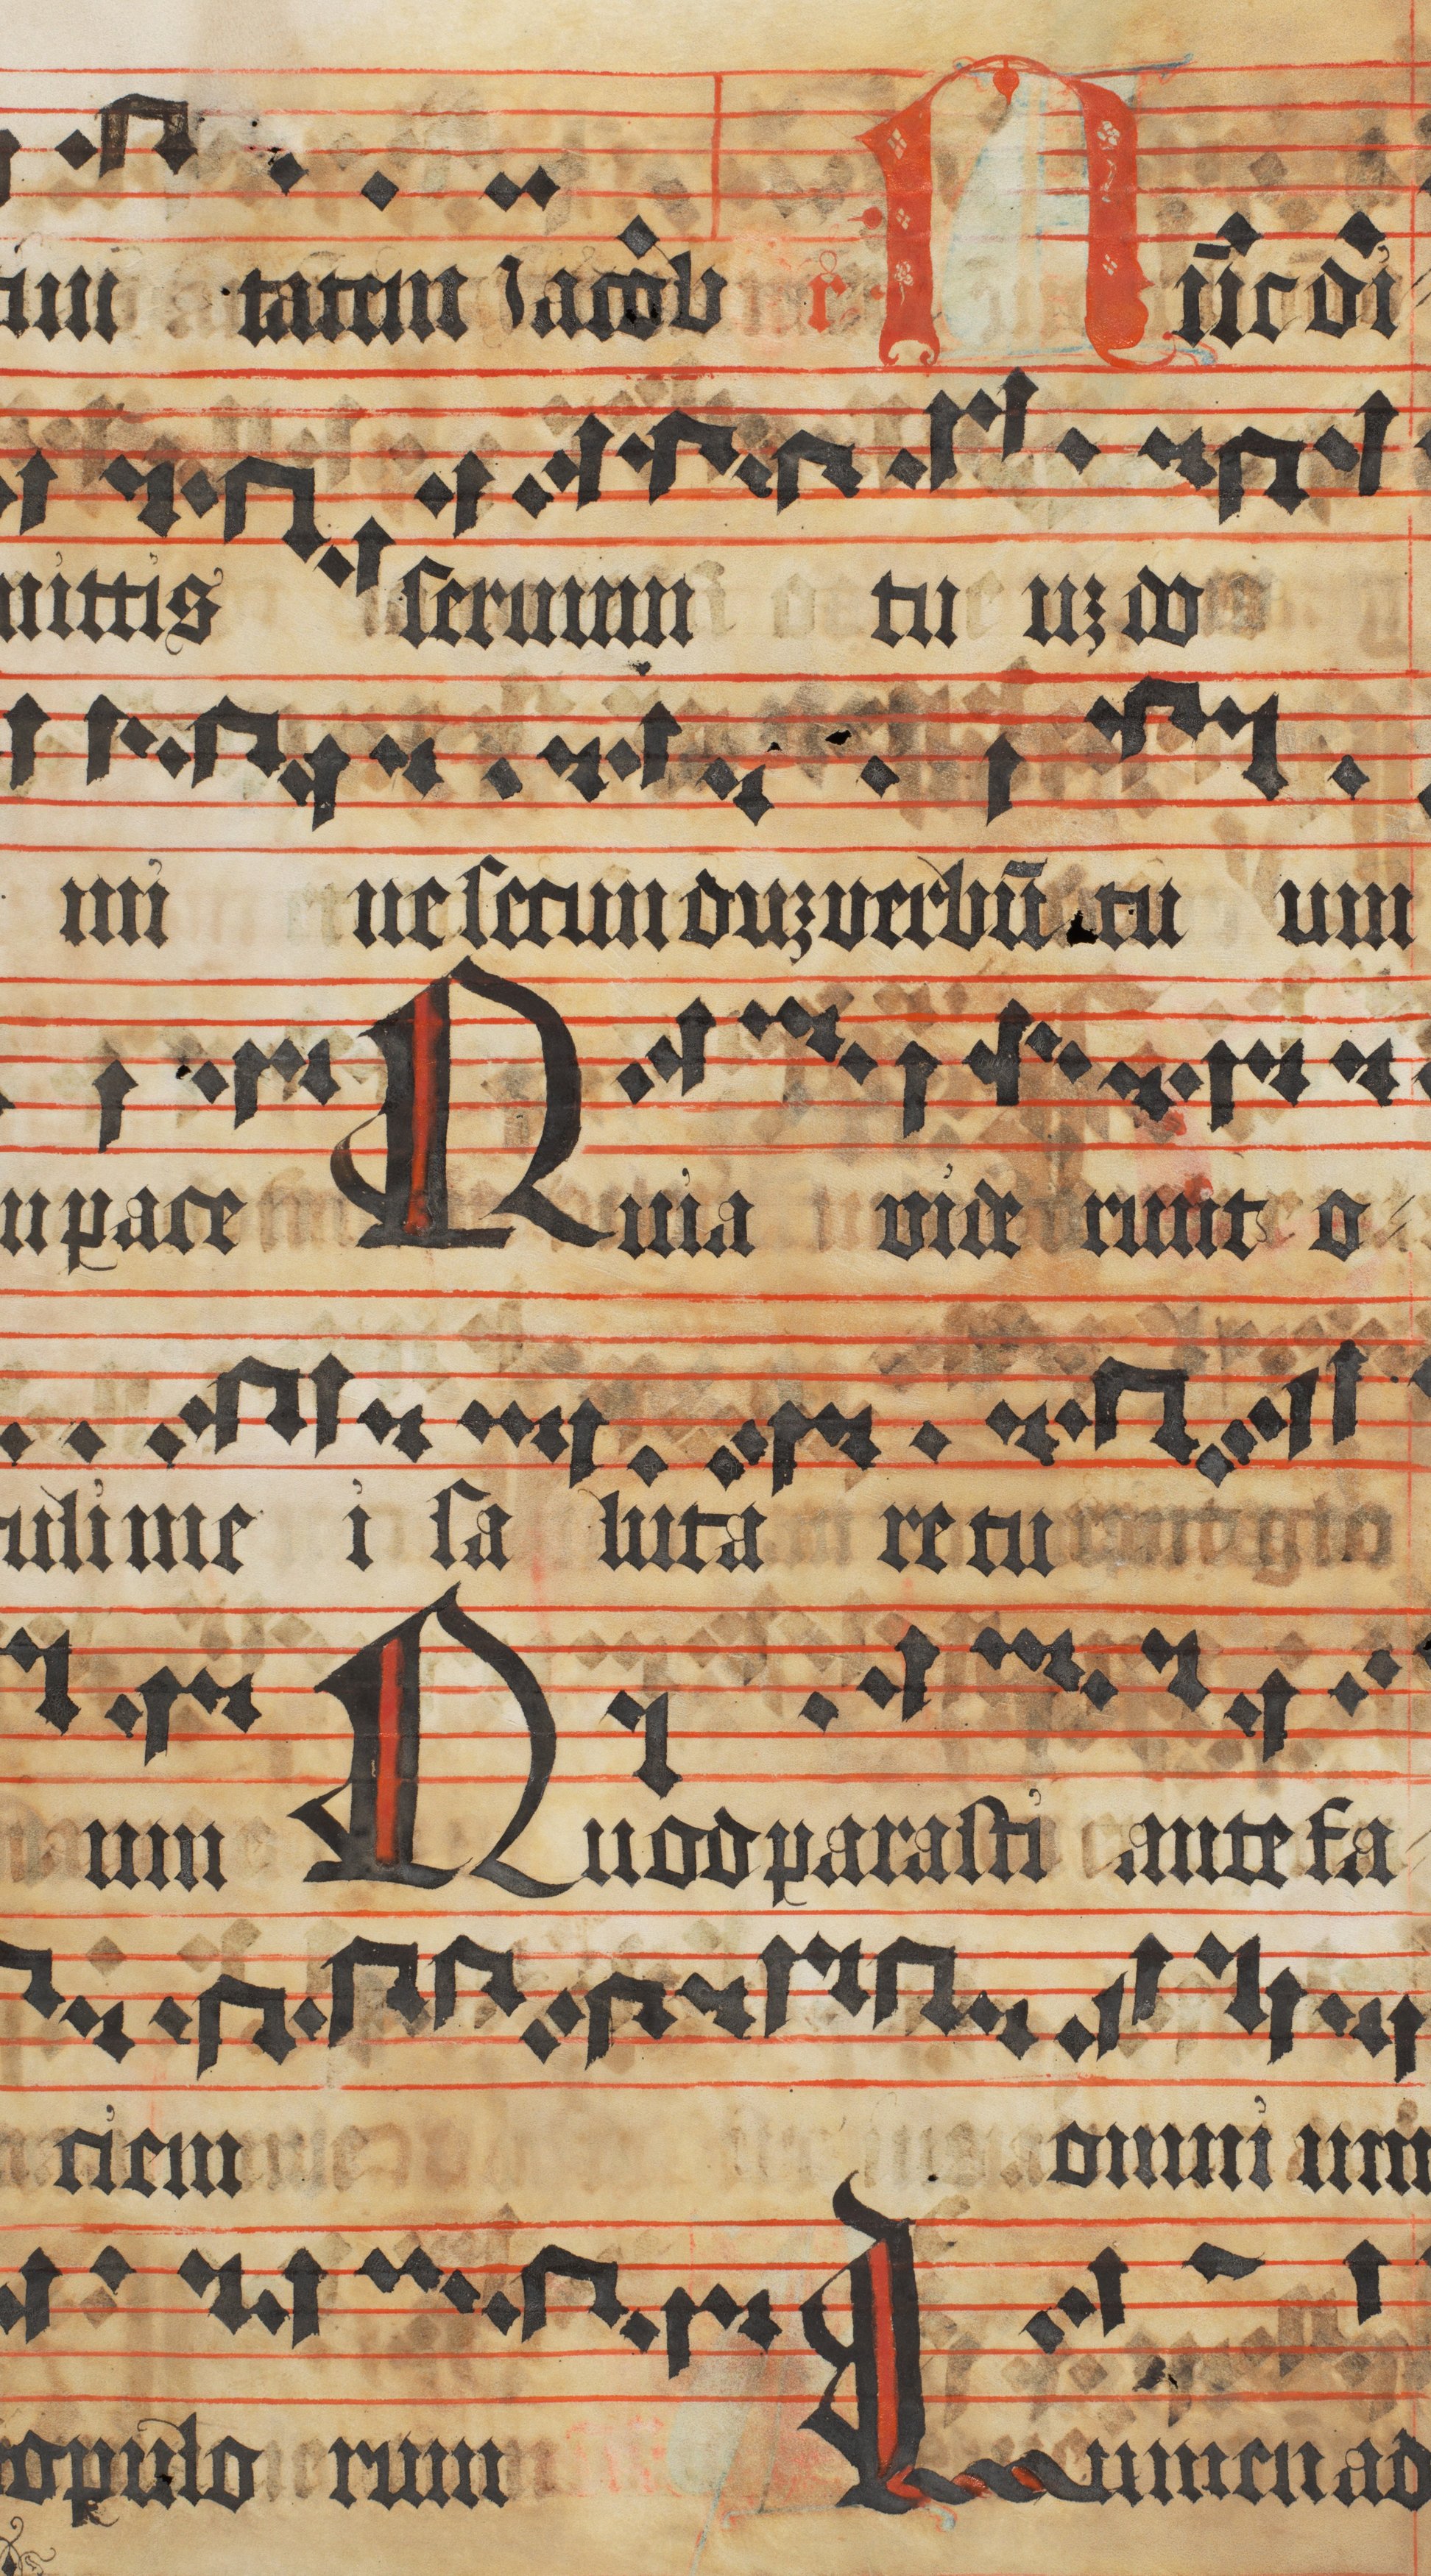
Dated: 1473–1473